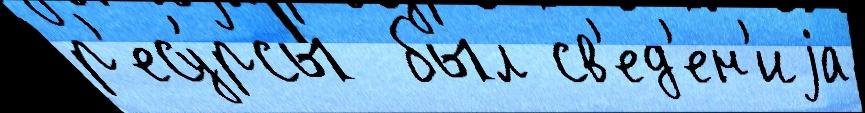
р'есу́рсы  был св'ед'ен'иjа